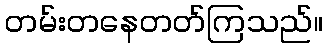
တမ်းတနေတတ်ကြသည်။